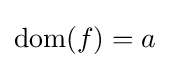
\operatorname {dom} (f)=a